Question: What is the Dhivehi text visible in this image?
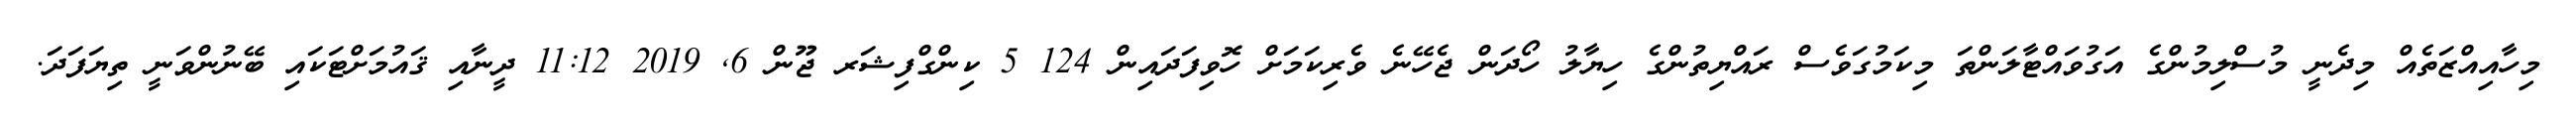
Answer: މިހާއިއްޒަތެއް މިދެނީ މުސްލިމުންގެ އަގުވައްޓާލަންތަ މިކަމުގަވެސް ރައްޔިތުންގެ ހިޔާލު ހޯދަން ޖެހޭނެ ވެރިކަމަށް ހޮވިފަދައިން 124 5 ކިންގްފިޝަރ ޖޫން 6, 2019 11:12 ދީނާއި ޤައުމަށްޓަކައި ބޭނުންވަނީ ތިޔަފަދަ.